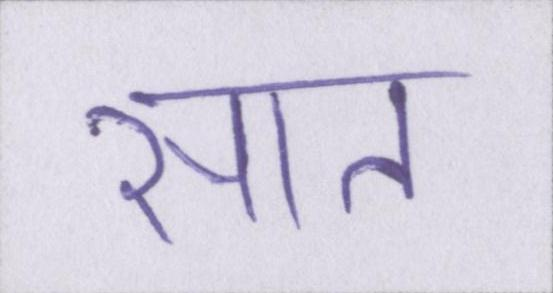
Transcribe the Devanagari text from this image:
सात